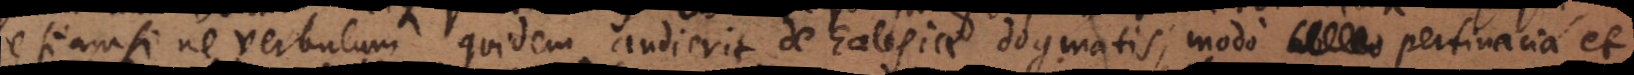
etiamsi ne verbulum quidem audierit de Ecclesiae dogmatis, modo pertinacia et